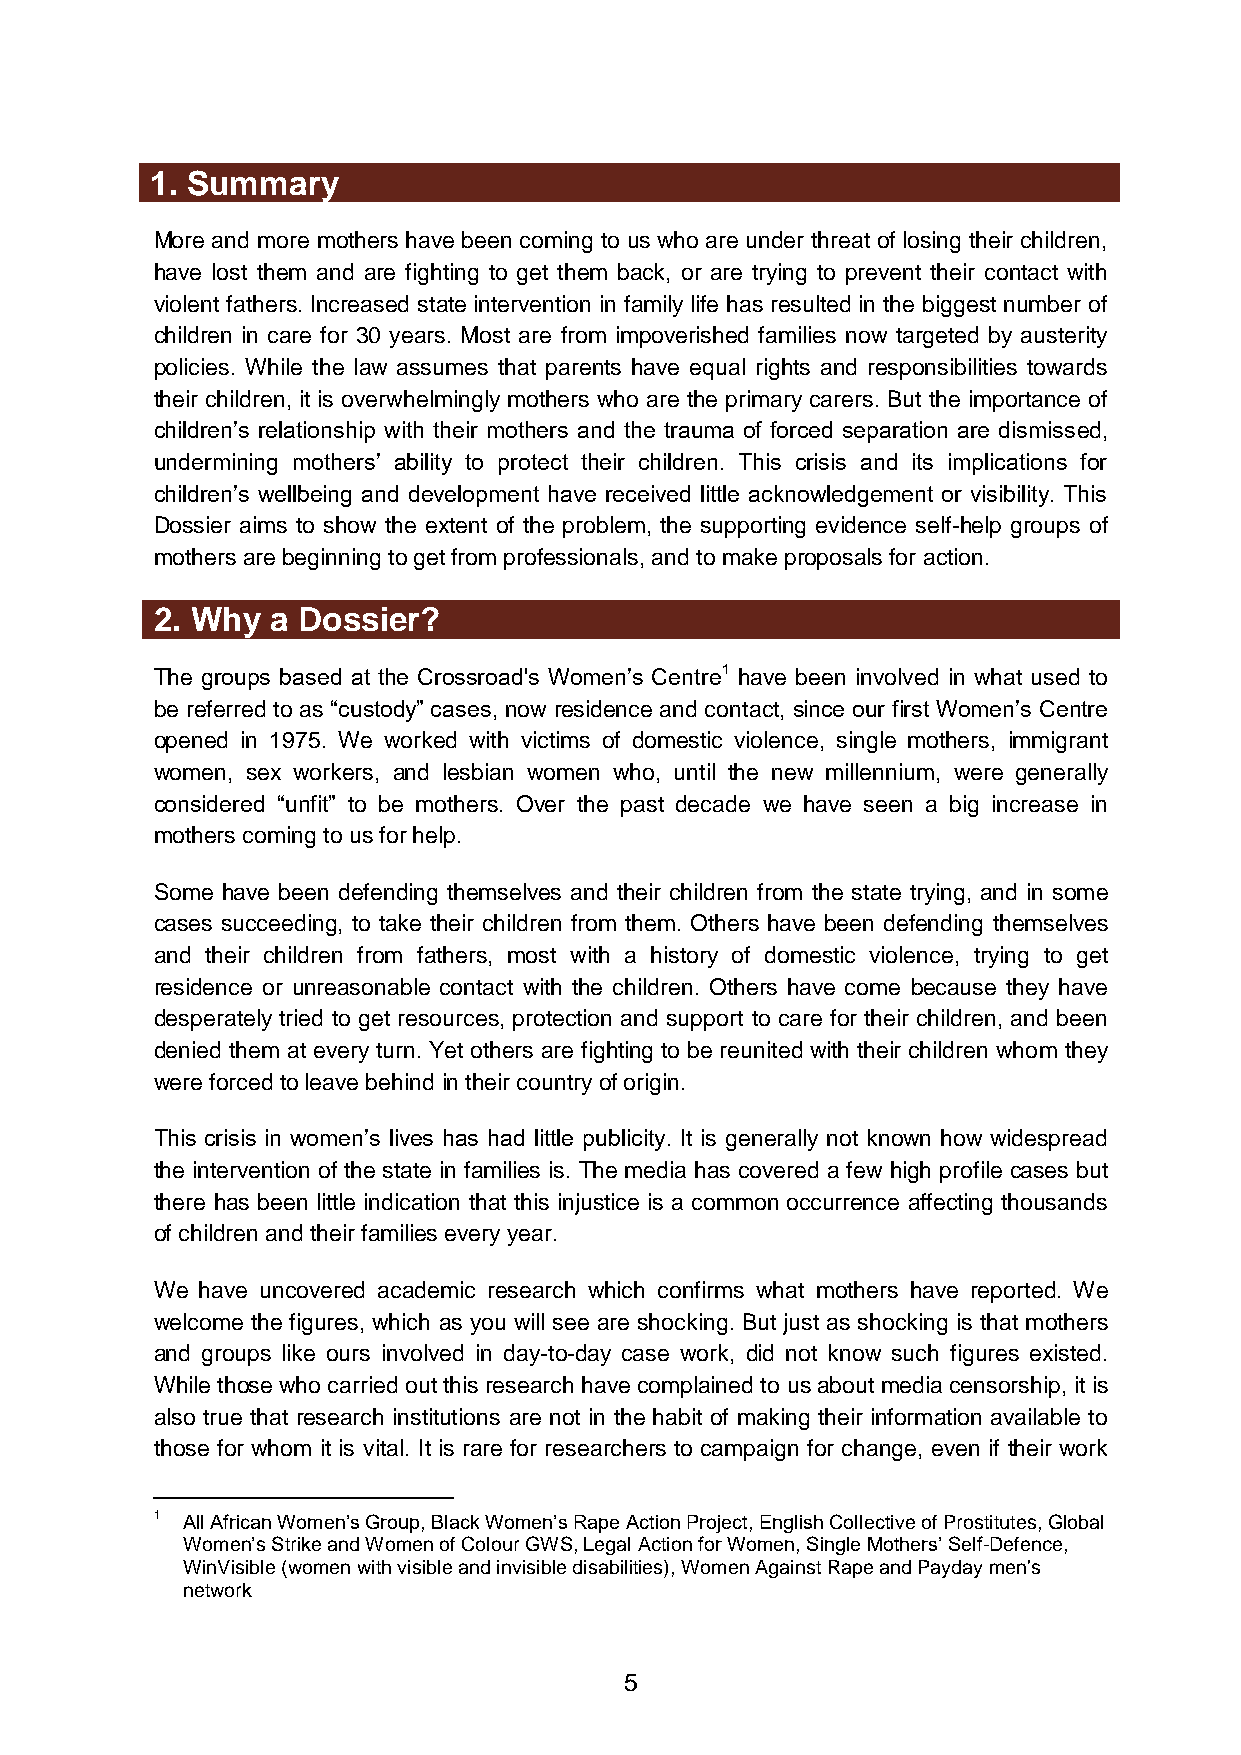
1. Summary
 More and more mothers have been coming to us who are under threat of losing their children,
 have lost them and are fighting to get them back, or are trying to prevent their contact with
 violent fathers. Increased state intervention in family life has resulted in the biggest number of
 children in care for 30 years. Most are from impoverished families now targeted by austerity
 policies. While the law assumes that parents have equal rights and responsibilities towards
 their children, it is overwhelmingly mothers who are the primary carers. But the importance of
 children’s relationship with their mothers and the trauma of forced separation are dismissed,
 undermining mothers’ ability to protect their children. This crisis and its implications for
 children’s wellbeing and development have received little acknowledgement or visibility. This
 Dossier aims to show the extent of the problem, the supporting evidence self-help groups of
 mothers are beginning to get from professionals, and to make proposals for action.
 2. Why  a Dossier?
 The groups based at the Crossroad's Women’s Centre1 have been involved in what used to
 be referred to as “custody” cases, now residence and contact, since our first Women’s Centre
 opened in 1975. We worked with victims of domestic violence, single mothers, immigrant
 women, sex workers, and lesbian women who, until the new millennium, were generally
 considered “unfit” to be mothers. Over the past decade we have seen a big increase in
 mothers coming to us for help.
 Some have been defending themselves and their children from the state trying, and in some
 cases succeeding, to take their children from them. Others have been defending themselves
 and their children from fathers, most with a history of domestic violence, trying to get
 residence or unreasonable contact with the children. Others have come because they have
 desperately tried to get resources, protection and support to care for their children, and been
 denied them at every turn. Yet others are fighting to be reunited with their children whom they
 were forced to leave behind in their country of origin.
 This crisis in women’s lives has had little publicity. It is generally not known how widespread
 the intervention of the state in families is. The media has covered a few high profile cases but
 there has been little indication that this injustice is a common occurrence affecting thousands
 of children and their families every year.
 We have uncovered academic research which confirms what mothers have reported. We
 welcome the figures, which as you will see are shocking. But just as shocking is that mothers
 and groups like ours involved in day-to-day case work, did not know such figures existed.
 While those who carried out this research have complained to us about media censorship, it is
 also true that research institutions are not in the habit of making their information available to
 those for whom it is vital. It is rare for researchers to campaign for change, even if their work
 1 All African Women’s Group, Black Women’s Rape Action Project, English Collective of Prostitutes, Global
 Women’s Strike and Women of Colour GWS, Legal Action for Women, Single Mothers’ Self-Defence,
 WinVisible (women with visible and invisible disabilities), Women Against Rape and Payday men's
 network
 5